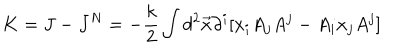
K = J - J ^ { N } = - \frac { k } { 2 } \int d ^ { 2 } \vec { x } \partial ^ { i } [ x _ { i } A _ { j } A ^ { j } - A _ { i } x _ { j } A ^ { j } ]